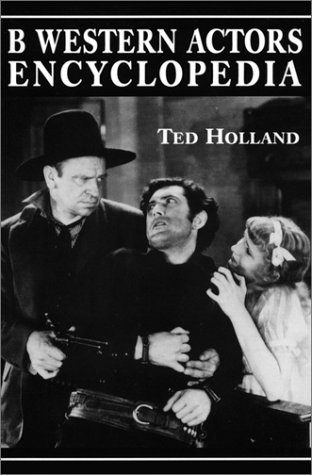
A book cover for B Western Actor's Encyclopedia: Facts, Photos and Filmographies for More Than 250 Familiar Faces; Ted Holland; Humor & Entertainment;